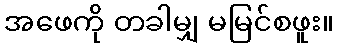
အဖေကို တခါမျှ မမြင်စဖူး။